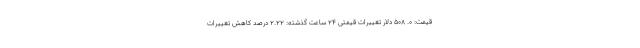
قیمت: ۰. ۵۰۸ دلار تغییرات قیمتی ۲۴ ساعت گذشته: ۲.۲۲ درصد کاهش تغییرات